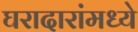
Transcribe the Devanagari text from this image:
घरादारांमध्ये